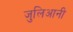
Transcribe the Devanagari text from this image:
जुलिआनी